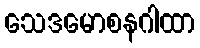
သေဒမောစနဂါထာ